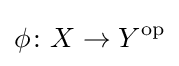
\phi \colon X\to Y^{\text{op}}